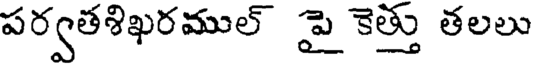
పర్వతశిఖరముల్ పై కెత్తు తలలు